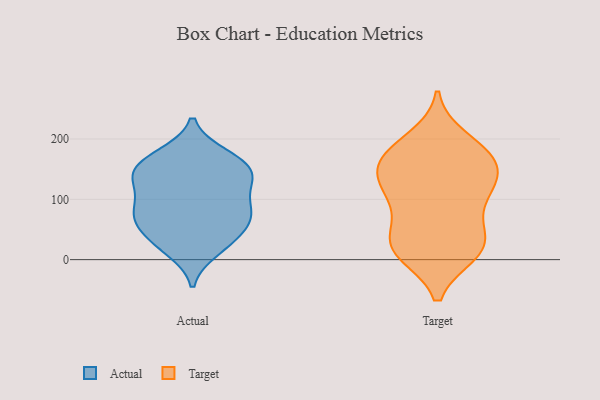
{"axis": {"x": "Demand Index", "y": "Value"}, "legend": ["Actual", "Target"], "data": [{"x": "", "y": 65, "type": "Actual"}, {"x": "", "y": 136, "type": "Actual"}, {"x": "", "y": 171, "type": "Actual"}, {"x": "", "y": 16, "type": "Actual"}, {"x": "", "y": 104, "type": "Actual"}, {"x": "", "y": 81, "type": "Actual"}, {"x": "", "y": 173, "type": "Actual"}, {"x": "", "y": 78, "type": "Actual"}, {"x": "", "y": 129, "type": "Actual"}, {"x": "", "y": 24, "type": "Actual"}, {"x": "", "y": 131, "type": "Actual"}, {"x": "", "y": 146, "type": "Actual"}, {"x": "", "y": 34, "type": "Actual"}, {"x": "", "y": 72, "type": "Actual"}, {"x": "", "y": 149, "type": "Actual"}, {"x": "", "y": 49, "type": "Actual"}, {"x": "", "y": 80, "type": "Actual"}, {"x": "", "y": 159, "type": "Actual"}, {"x": "", "y": 119, "type": "Target"}, {"x": "", "y": 121, "type": "Target"}, {"x": "", "y": 14, "type": "Target"}, {"x": "", "y": 200, "type": "Target"}, {"x": "", "y": 148, "type": "Target"}, {"x": "", "y": 180, "type": "Target"}, {"x": "", "y": 43, "type": "Target"}, {"x": "", "y": 11, "type": "Target"}, {"x": "", "y": 20, "type": "Target"}, {"x": "", "y": 109, "type": "Target"}, {"x": "", "y": 16, "type": "Target"}, {"x": "", "y": 164, "type": "Target"}, {"x": "", "y": 146, "type": "Target"}, {"x": "", "y": 68, "type": "Target"}, {"x": "", "y": 28, "type": "Target"}, {"x": "", "y": 178, "type": "Target"}, {"x": "", "y": 104, "type": "Target"}, {"x": "", "y": 166, "type": "Target"}]}